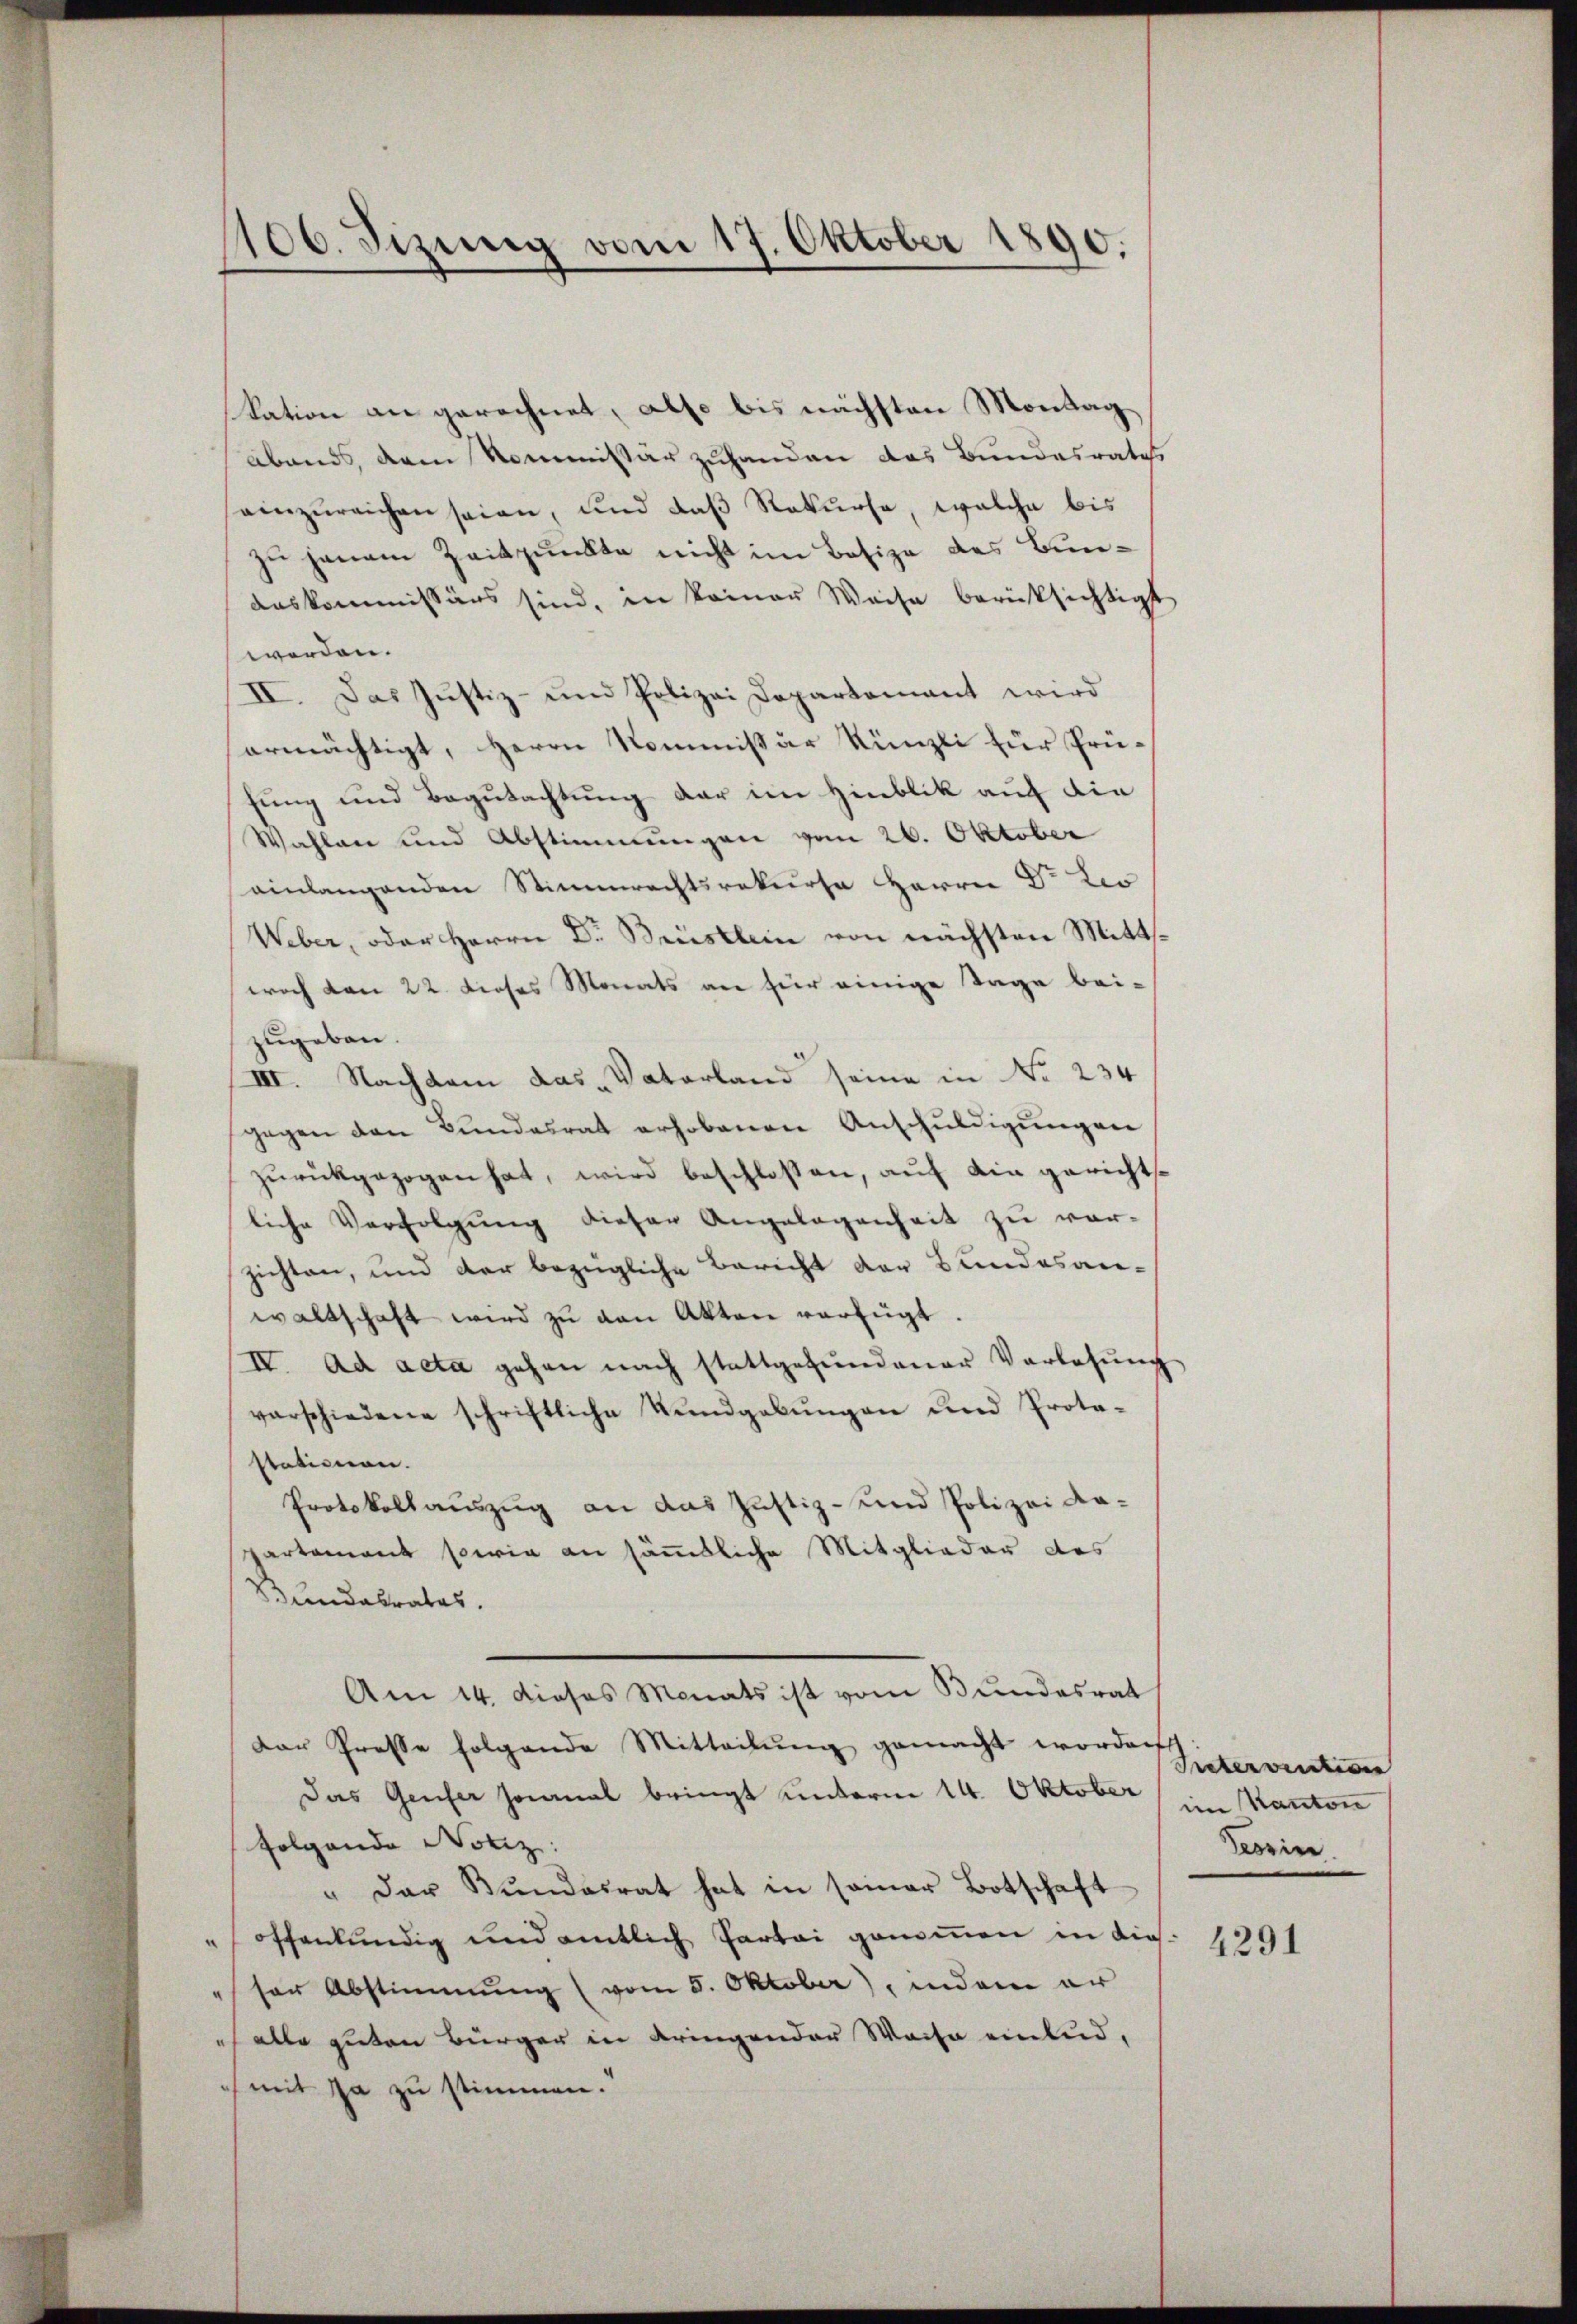
106. Sizung vom 17. Oktober 1890.

kation an gerechnet, also bis nächsten Montag,
abends, dem Kommissär zuhanden das Bundesrates
einzureichen seien, und daß Rekurse, welche bis
zu jenem Zeitpunkte nicht im Besize des Bunaaskommissärs sind, in keiner Weise berücksichtigt
worden.
 Das Justiz- und Polizei Departamant wird
ermächtigt, Herrn Kommißär Künzli zur Prü-
fung und Begutachtung der im Hinblik auf die
Wahlane und Abstimmungen vom 26. Oktober
einlangenden Stimmrechtsrekurse Herrn Dr. Leo
Weber, oder Herrn Dr. Brüstlein von nächsten Mittswoch den 22. dieses Monats an für einige Tage bei-
zugeben.
III. Nachdem das „Vaterland seine in No 234
gegen den Bŭndesrat erhobenen Anschŭldigŭngen
zurückgezogen hat, wird beschlossen, auf ein gerichtsliche Verfolgŭng dieser Angelegenheit zu ver-
zichten, und der bezügliche Bericht der Bundesan-
waltschaft wird zŭ von Akten verfügt.
IV. Ad acta gehen nach stattgefundener Vorlesung
verschiedene schriftliche Kundgabŭngen und Proto-
stationen.
Protokollauszug an das Justiz- und Polizei Aapartement sowia an sämmtliche Mitglieder des
Sundabrates.
e
Am 14. dieses Monats ist vom Bundesrat
Der Presse folgende Mitteilŭng gemacht worden
Das Gener Heimal bringt unterm 14. Oktober
Folgende Notiz:
" der Bŭndesrat hat in seiner Botschaft
"offenkundig und amtlich Partei genommen in die¬
" ser Abstimmung (vom 5. Oktober), indem er
i alle guten Bürger in dringender Waise einlud,
(mit ja zu stimmen.

Preterventiven
im Kanton
Tessin.
4291